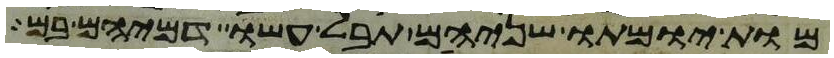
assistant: מות יומתו שניהם תבל עשו דמיהם בם